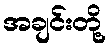
အချင်းတို့